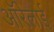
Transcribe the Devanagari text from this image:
ऑरेलाई